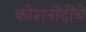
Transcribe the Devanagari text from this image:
कोशनोंदींचे